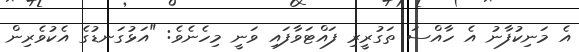
އެ މަނިކުފާނު އެ ހާއްސަ ތަގުރީރި ފައްޓަވާފައި ވަނީ މިހެނެވެ: "އަޅުގަނޑުގެ އެކުވެރިން